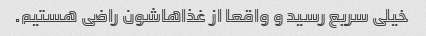
خیلی سریع رسید و واقعا از غذاهاشون راضی هستیم.